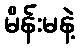
မိန်းမနဲ့